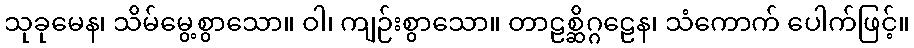
သုခုမေန၊ သိမ်မွေ့စွာသော။ ဝါ၊ ကျဉ်းစွာသော။ တာဠစ္ဆိဂ္ဂဠေန၊ သံကောက် ပေါက်ဖြင့်။